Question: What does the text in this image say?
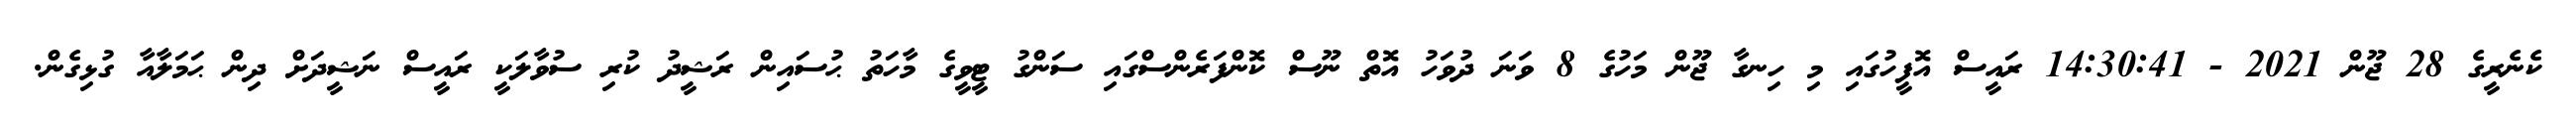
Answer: ކެނެރީގެ 28 ޖޫން 2021 - 14:30:41 ރައީސް އޮފީހުގައި މި ހިނގާ ޖޫން މަހުގެ 8 ވަނަ ދުވަހު އޮތް ނޫސް ކޮންފަރެންސްގައި ސަންގު ޓީވީގެ މާހަތު ޙުސައިން ރަޝީދު ކުރި ސުވާލަކީ ރައީސް ނަޝީދަށް ދިން ޙަމަލާއާ ގުޅިގެން.